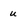
Character: u